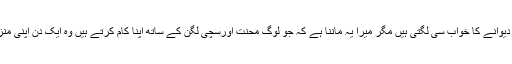
فی الوقت یہ باتیں دیوانے کا خواب سی لگتی ہیں مگر میرا یہ ماننا ہے کہ جو لوگ محنت اورسچی لگن کے ساتھ اپنا کام کرتے ہیں وہ ایک دن اپنی منزل کو پا لیتے ہیں۔